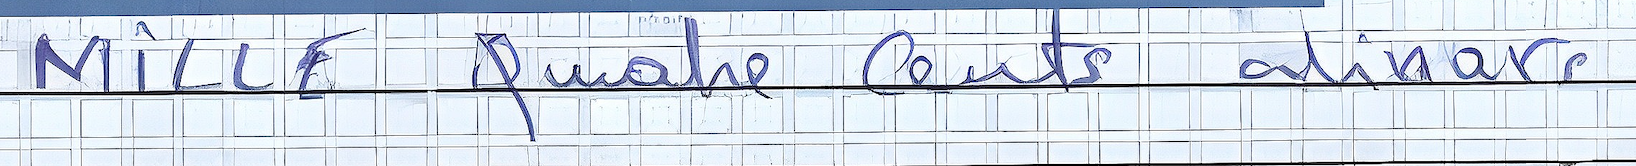
Mille Quatre Cents dinars